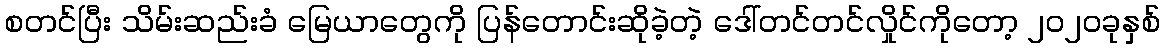
စတင်ပြီး သိမ်းဆည်းခံ မြေယာတွေကို ပြန်တောင်းဆိုခဲ့တဲ့ ဒေါ်တင်တင်လှိုင်ကိုတော့ ၂၀၂၀ခုနှစ်